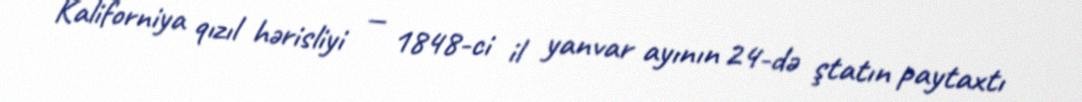
Kaliforniya qızıl hərisliyi — 1848-ci il yanvar ayının 24-də ştatın paytaxtı